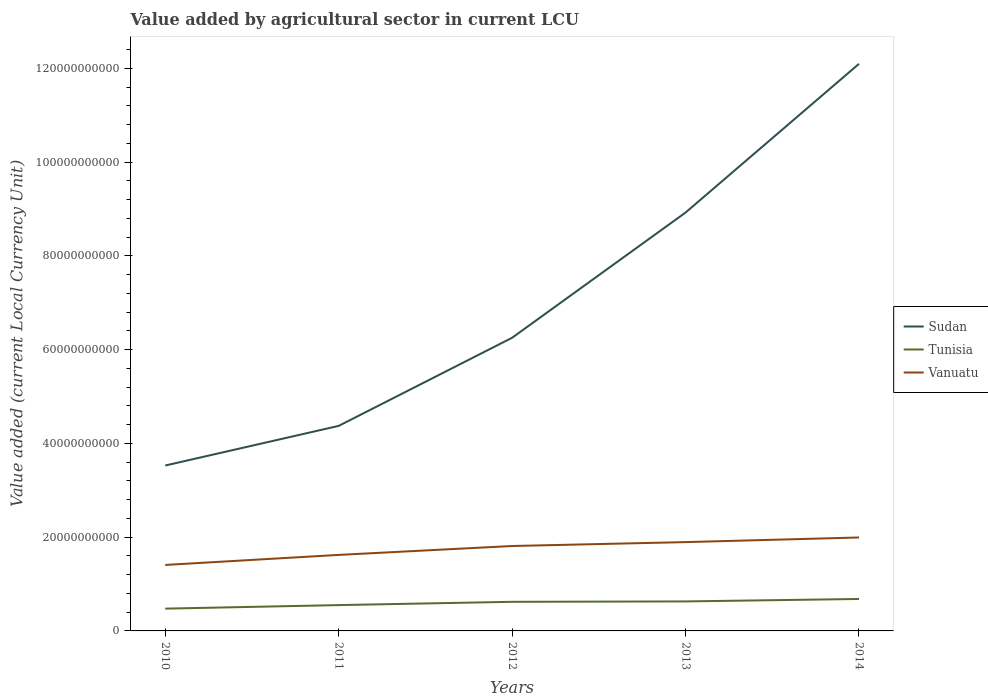
| Years | Sudan | Tunisia | Vanuatu |
 | --- | --- | --- | --- |
 | 2010 | 3.53e+10 | 4.75e+09 | 1.41e+10 |
 | 2011 | 4.37e+10 | 5.51e+09 | 1.62e+10 |
 | 2012 | 6.25e+10 | 6.21e+09 | 1.81e+10 |
 | 2013 | 8.92e+10 | 6.29e+09 | 1.89e+10 |
 | 2014 | 1.21e+11 | 6.81e+09 | 1.99e+10 |